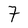
Character: 7